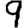
Digit: 9